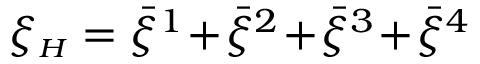
\xi _ { { \scriptscriptstyle H } } = \bar { \xi } ^ { 1 } \! + \! \bar { \xi } ^ { 2 } \! + \! \bar { \xi } ^ { 3 } \! + \! \bar { \xi } ^ { 4 }